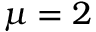
\mu = 2